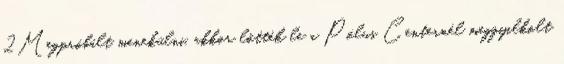
2Megpróbált menekülni, akkor lőtték le a Pólus Centernél meggyilkolt